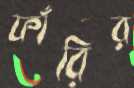
ফাঁরির